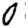
Digit: 0